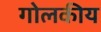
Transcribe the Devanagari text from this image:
गोलकीय